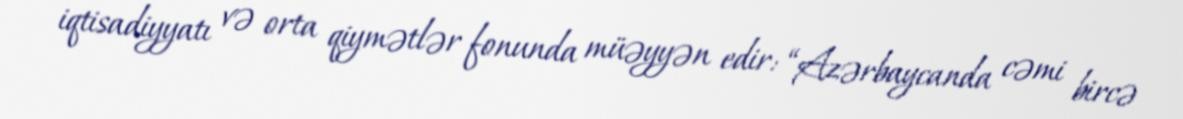
iqtisadiyyatı və orta qiymətlər fonunda müəyyən edir: “Azərbaycanda cəmi bircə